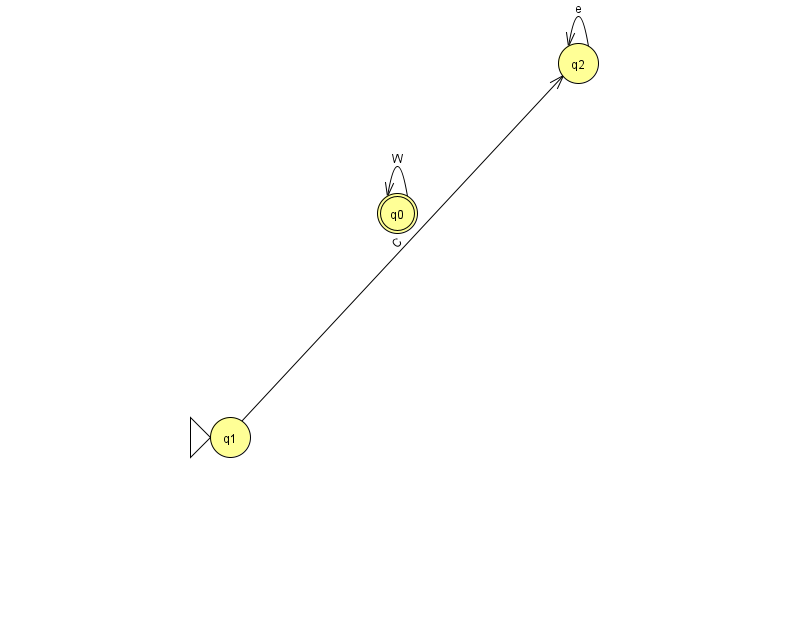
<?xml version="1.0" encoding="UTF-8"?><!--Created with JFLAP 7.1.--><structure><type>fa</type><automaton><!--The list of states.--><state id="0" name="q0"><x>397.0</x><y>200.0</y><final/></state><state id="1" name="q1"><x>230.0</x><y>424.0</y><initial/></state><state id="2" name="q2"><x>578.0</x><y>50.0</y></state><!--The list of transitions.--><transition><from>2</from><to>2</to><read>e</read></transition><transition><from>0</from><to>0</to><read>W</read></transition><transition><from>1</from><to>2</to><read>C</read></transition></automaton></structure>